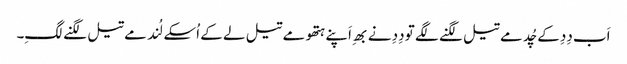
اَب دِدِ کے چُد مے تیل لگنے لگے تو دِدِ نے بھِ اَپنے ہتھو مے تیل لے کے اُسکے لُند مے تیل لگنے لگِ۔